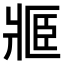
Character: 𤖋